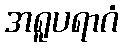
အရူပရာဂံ